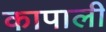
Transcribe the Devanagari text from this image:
कापाली